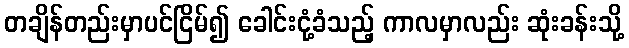
တချိန်တည်းမှာပင်ငြိမ်၍ ခေါင်းငုံ့ခံသည့် ကာလမှာလည်း ဆုံးခန်းသို့